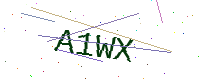
Text: A1WX